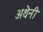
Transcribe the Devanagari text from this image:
अथेनी